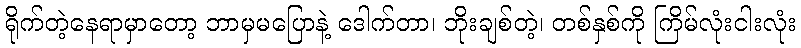
ရိုက်တဲ့နေရာမှာတော့ ဘာမှမပြောနဲ့ ဒေါက်တာ၊ ဘိုးချစ်တဲ့၊ တစ်နှစ်ကို ကြိမ်လုံးငါးလုံး